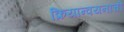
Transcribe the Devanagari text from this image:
क्रियान्वयनाची